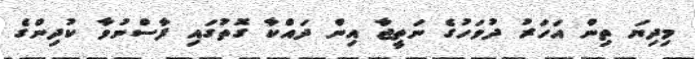
މިދިޔަ ތިން އަހަރު ދުވަހުގެ ނަތީޖާ އިން ދައްކާ ގޮތުގައި ފާސްނުވާ ކުދިންގެ